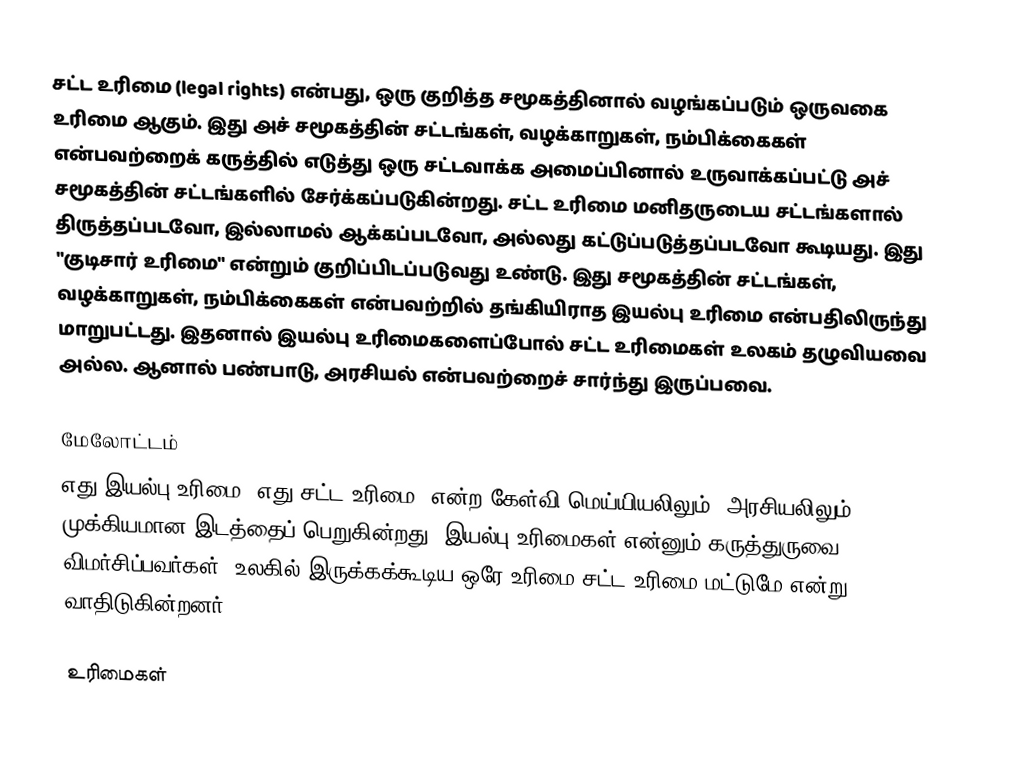
சட்ட உரிமை (legal rights) என்பது, ஒரு குறித்த சமூகத்தினால் வழங்கப்படும் ஒருவகை உரிமை ஆகும். இது அச் சமூகத்தின் சட்டங்கள், வழக்காறுகள், நம்பிக்கைகள் என்பவற்றைக் கருத்தில் எடுத்து ஒரு சட்டவாக்க அமைப்பினால் உருவாக்கப்பட்டு அச் சமூகத்தின் சட்டங்களில் சேர்க்கப்படுகின்றது. சட்ட உரிமை மனிதருடைய சட்டங்களால் திருத்தப்படவோ, இல்லாமல் ஆக்கப்படவோ, அல்லது கட்டுப்படுத்தப்படவோ கூடியது. இது "குடிசார் உரிமை" என்றும் குறிப்பிடப்படுவது உண்டு. இது சமூகத்தின் சட்டங்கள், வழக்காறுகள், நம்பிக்கைகள் என்பவற்றில் தங்கியிராத இயல்பு உரிமை என்பதிலிருந்து மாறுபட்டது. இதனால் இயல்பு உரிமைகளைப்போல் சட்ட உரிமைகள் உலகம் தழுவியவை அல்ல. ஆனால் பண்பாடு, அரசியல் என்பவற்றைச் சார்ந்து இருப்பவை.

மேலோட்டம்
எது இயல்பு உரிமை, எது சட்ட உரிமை? என்ற கேள்வி மெய்யியலிலும், அரசியலிலும் முக்கியமான இடத்தைப் பெறுகின்றது. இயல்பு உரிமைகள் என்னும் கருத்துருவை விமர்சிப்பவர்கள், உலகில் இருக்கக்கூடிய ஒரே உரிமை சட்ட உரிமை மட்டுமே என்று வாதிடுகின்றனர்.

உரிமைகள்